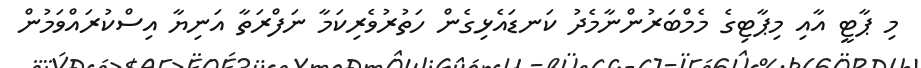
މި ޕާޓީ އާއި މިޕާޓިގެ މެމްބަރުންނާމެދު ކަނޑައެޅިގެން ހަތުރުވެރިކަމާ ނަފްރަތާ އަނިޔާ އިސްކުރައްވަމުން